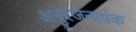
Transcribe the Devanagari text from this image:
अनुरंजनार्थक